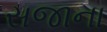
સજાના